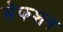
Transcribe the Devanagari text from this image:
सेकशन